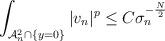
LaTeX: \begin{align*}\int_{\mathcal{A}_n^2\cap\{y=0\}}|v_n|^p\leq C\sigma_n^{-\frac{N}{2}}\end{align*}